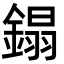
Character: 鎉